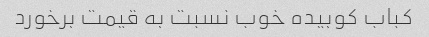
کباب کوبیده خوب نسبت به قیمت برخورد